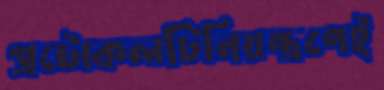
প্রটোকলটিনিয়ন্ত্রণেই